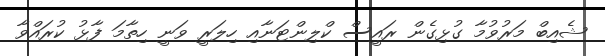
ޝެއިބް މަރުވުމާ ގުޅިގެން ރައީސް ކްލިންޓަނާއި ހިލަރީ ވަނީ ހިތާމަ ފާޅު ކުރައްވާ